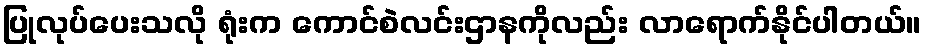
ပြုလုပ်ပေးသလို ရုံးက ကောင်စဲလင်းဌာနကိုလည်း လာရောက်နိုင်ပါတယ်။